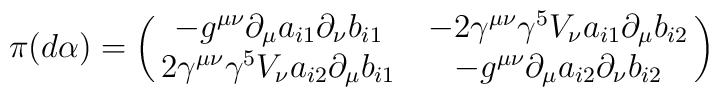
\pi(d\alpha)=\pmatrix{ -g^{\mu\nu}\partial_{\mu}a_{i1}\partial_{\nu}b_{i1} & -2\gamma^{\mu\nu}\gamma^5V_{\nu}a_{i1}\partial_{\mu}b_{i2} \cr 2\gamma^{\mu\nu}\gamma^5V_{\nu}a_{i2}\partial_{\mu}b_{i1} & -g^{\mu\nu}\partial_{\mu}a_{i2}\partial_{\nu}b_{i2} }